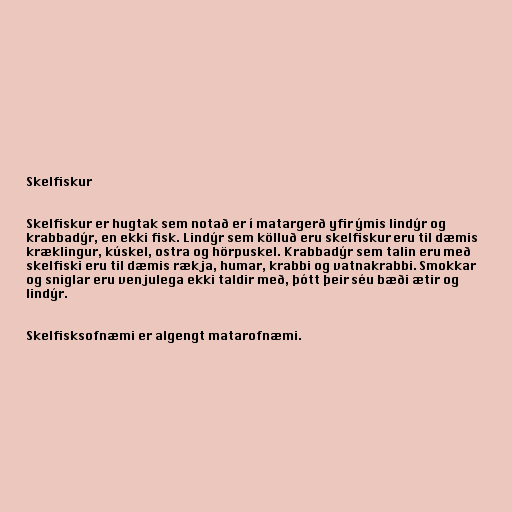
Skelfiskur

Skelfiskur er hugtak sem notað er í matargerð yfir ýmis lindýr og
krabbadýr, en ekki fisk. Lindýr sem kölluð eru skelfiskur eru til dæmis
kræklingur, kúskel, ostra og hörpuskel. Krabbadýr sem talin eru með
skelfiski eru til dæmis rækja, humar, krabbi og vatnakrabbi. Smokkar
og sniglar eru venjulega ekki taldir með, þótt þeir séu bæði ætir og
lindýr.

Skelfisksofnæmi er algengt matarofnæmi.